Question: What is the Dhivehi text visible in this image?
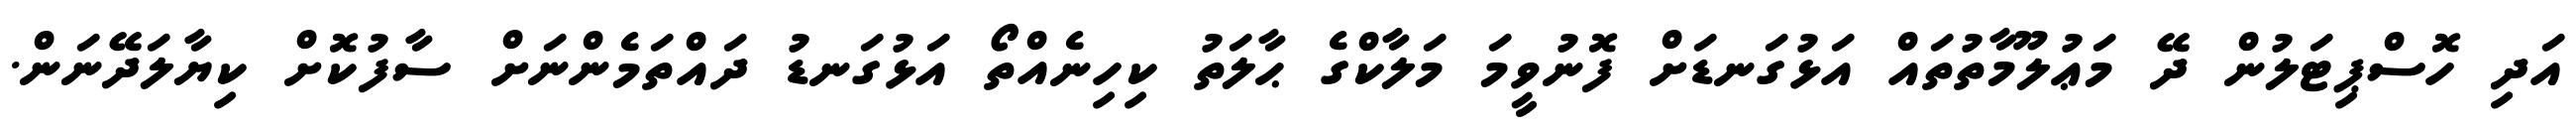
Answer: އަދި ހޮސްޕިޓަލުން ދޭ މަޢުލޫމާތުތައް އަޅުގަނޑަށް ފޮނުވީމަ މަލާކްގެ ޙާލަތު ކިހިނެއްތޯ އަޅުގަނޑު ދައްތަމެންނަށް ސާފުކޮށް ކިޔާލަދޭނަން.